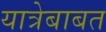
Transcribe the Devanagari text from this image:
यात्रेबाबत